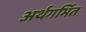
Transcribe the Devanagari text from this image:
अर्थगर्भित